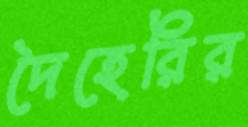
দৈহেরির